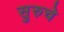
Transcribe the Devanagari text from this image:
सुरुचे